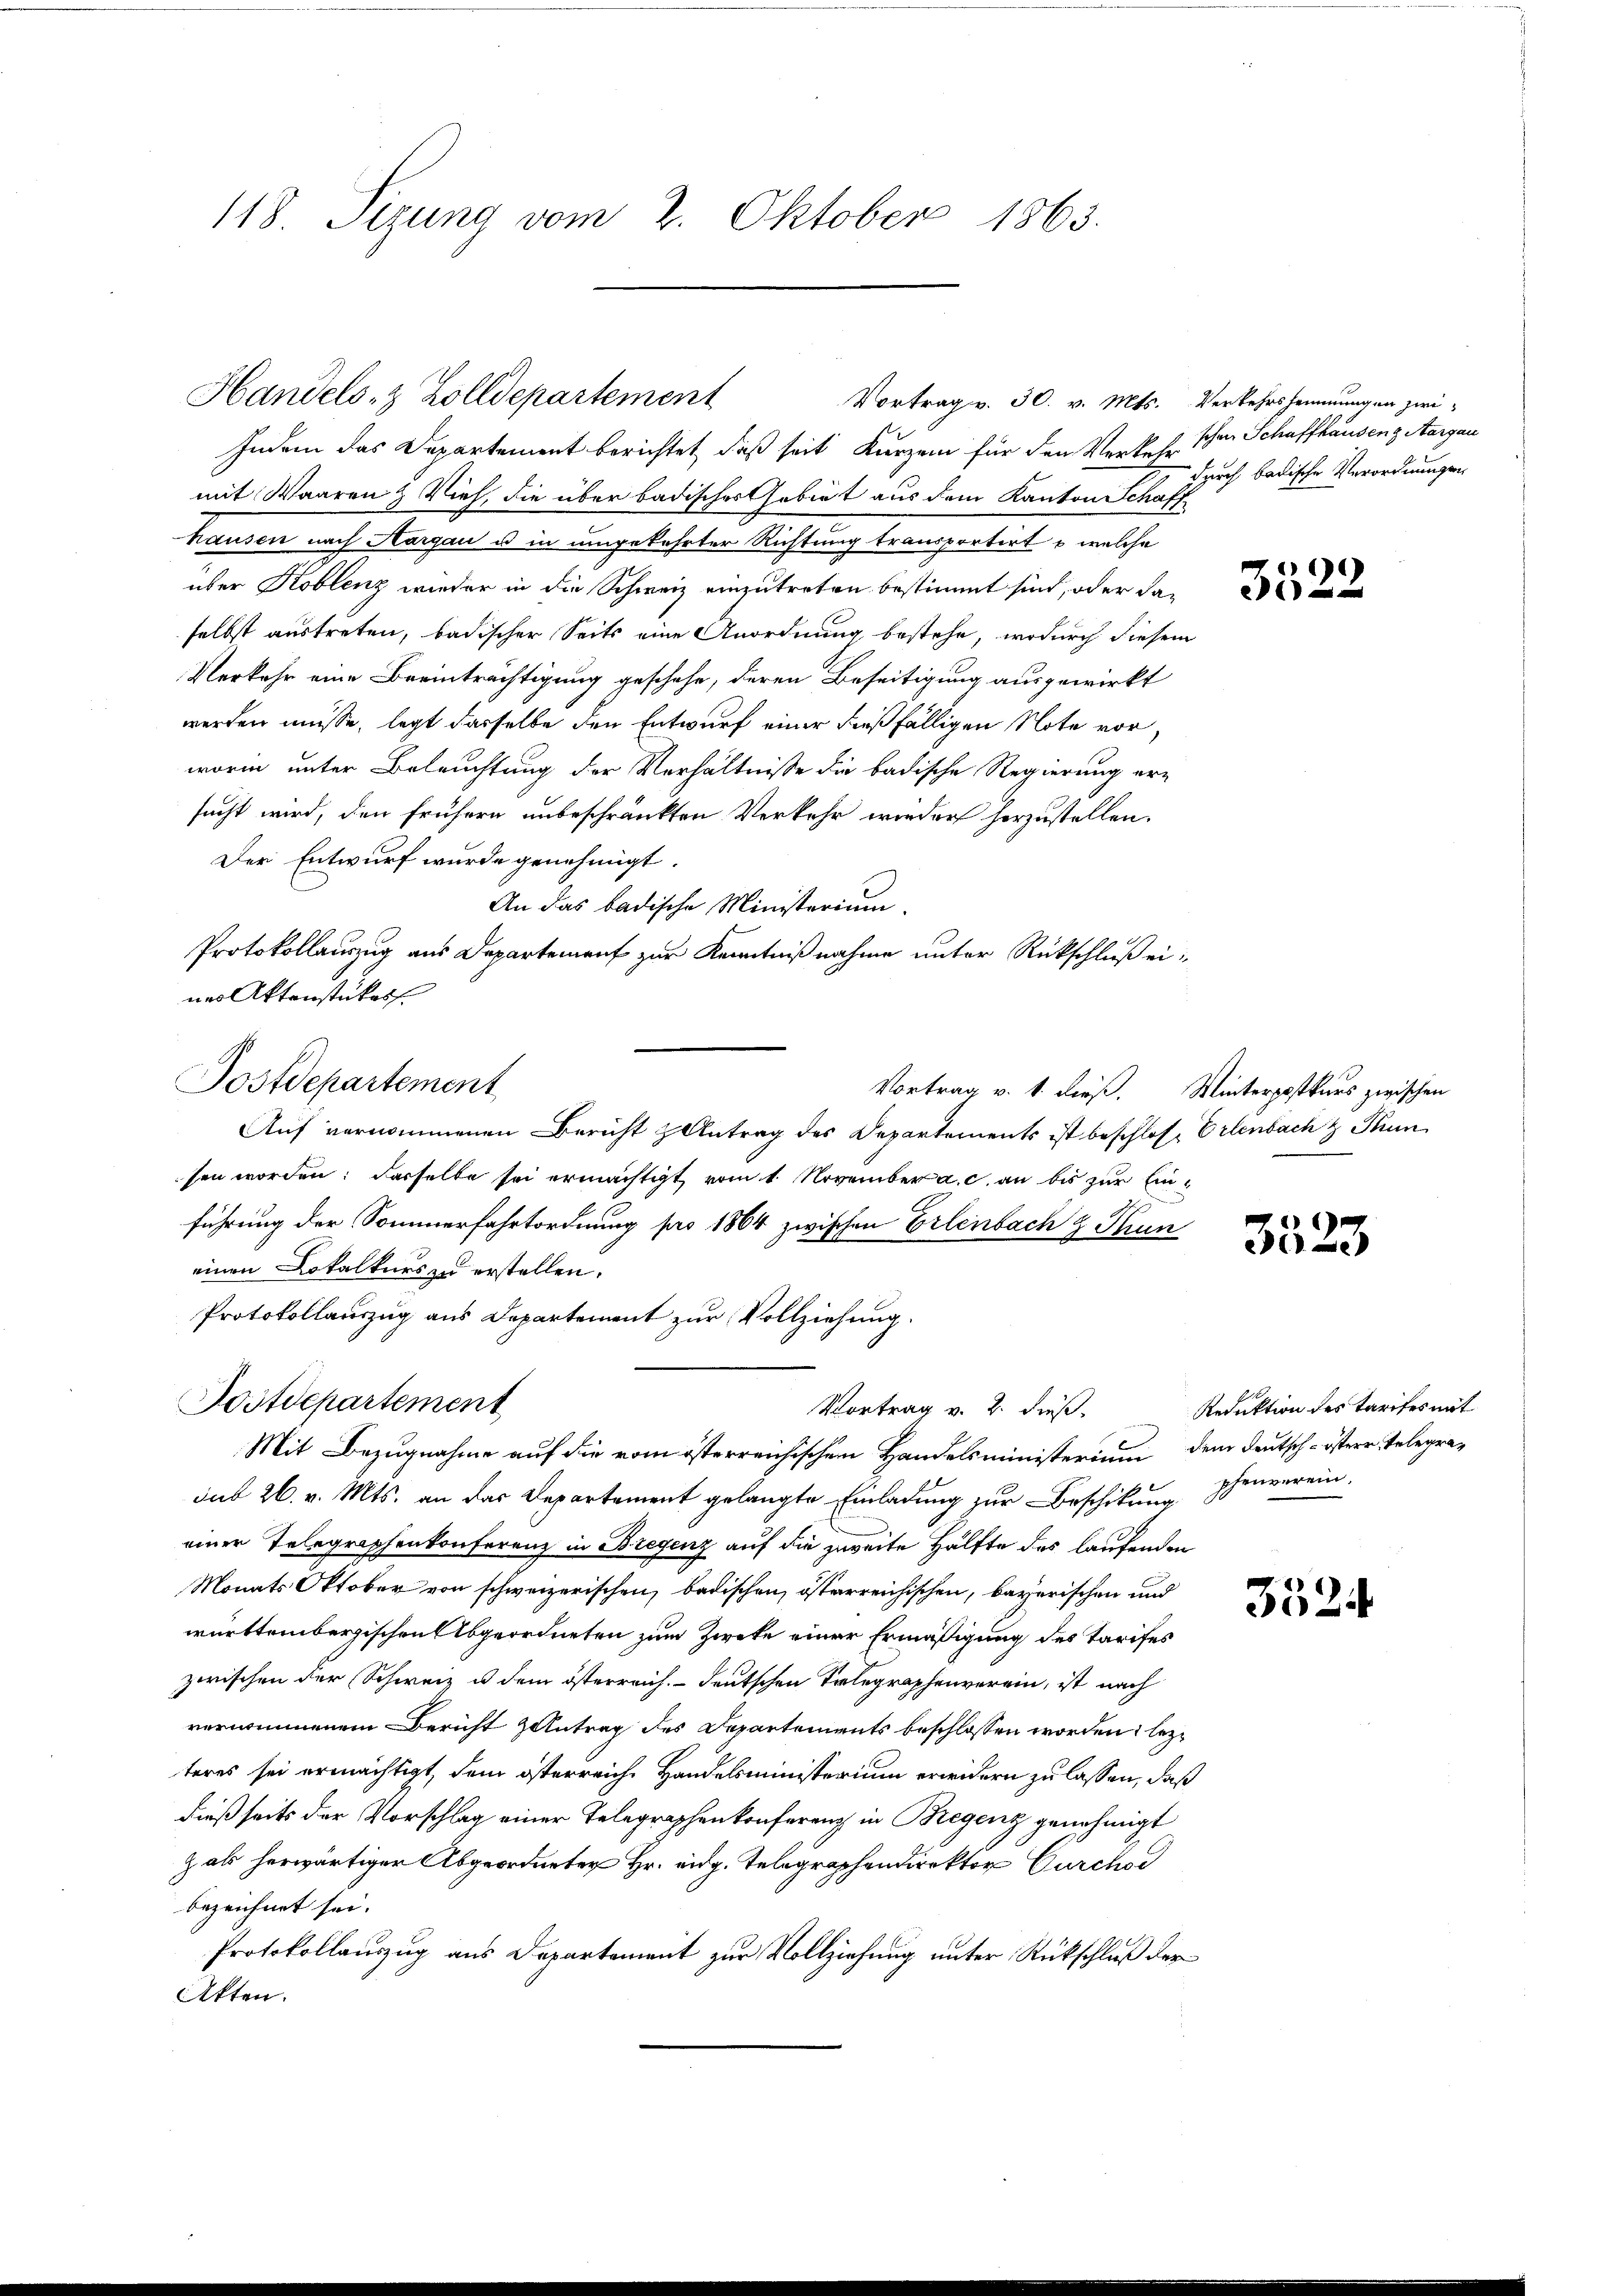
118. Sizung vom 2. Oktober 1863.

Handels- & Zolldepartement

Vortrag v. 30. v. Mts. Verkehrshemmungen zwi-
Indem das Departement berichtet, daß seit kurzem für den Verkehr schen Schaffhausenz Aargau
mit Waaren & Vieh, die über badischer Gebiet aus dem Kanton Schaff
hausen nach Aargau u in umgekehrter Richtung transportirt u. welche
über Koblenz wieder in die Schweiz einzutreten bestimmt sind, oder da-
selbst austreten, badischer Seits eine Anordnung bestehe, wodurch diesem
Verkehr eine Beeinträchtigung geschehe, deren Beseitigung ausgewirkt
werden müsse, legt dasselbe den Entwurf einer dießfälligen Note vor,
worin unter Beleuchtung der Verhältnisse die badische Regierung er-
sucht wird, den frühern unbeschränkten Verkehr wieder herzustellen.
Der Entwurf wurde genehmigt.
An das badische Ministerium.
Protokollauszug aus Departement zur Kenntnißnahme unter Rückschluß eines Aktenstückes
Vortrag v. 1. dieß. Winterpostkurs zwischen
Auf vernommenen Bericht z Antrag des Departements ist beschlose Erlenbach & Thun
sen worden: dasselbe sei ermächtigt vom 1. November a. c. an bis zur Einführung der Sommerfahrtordnung pro 1864 zwischen Erlenbach & Thun
einen Lokalkurs zu erstellen.
Protokollauszug aus Departement zur Vollziehung.
Postdepartement
Vortrag v. 2. dieß. Reduktion des Tarifes mit
Mit Bezugnahme auf die vom österreichischen Handelsministerium dem Deutsch-östere Telegrasub 26. v. Mts. an das Departement gelangte Einladung zur Beschikung schenverein,
einer Telegraphenkonferenz in Bregenz auf die zweite Hälfte des laufenden
Monats Oktober von schweizerischen, badischen österreichischen, bayerischen und
württembergischen Abgeordneten zum Zweke einer Ermäßigung des Tarifes
zwischen der Schweiz u. dem österreich. deutschen Seelegraphenverein, ist nach
vernommenem Bericht antrag des Departements beschlossen worden lezteres sei ermächtigt, dem österreich Handelsministerium erwidern zu lassen, daß
dießseits der Vorschlag einer Telegraphenkonferenz in Bregenz genehmigt
zal herwärtiger Abgeordneter Hr. eidg. Telegraphendirektor Curch
bezeichnet sei.
Protokollauszug aus Departement zur Vollziehung unter Rückschluß der
Akten.

Postdepartement

durch badische Verordnungen

3522

3523

3524